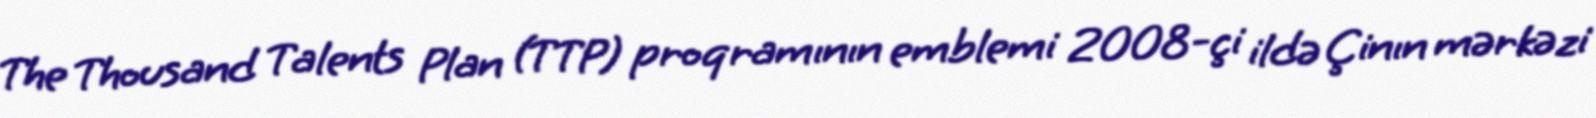
The Thousand Talents Plan (TTP) proqramının emblemi 2008-çi ildə Çinın mərkəzi